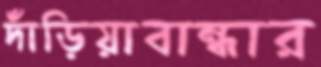
দাঁড়িয়াবান্ধার